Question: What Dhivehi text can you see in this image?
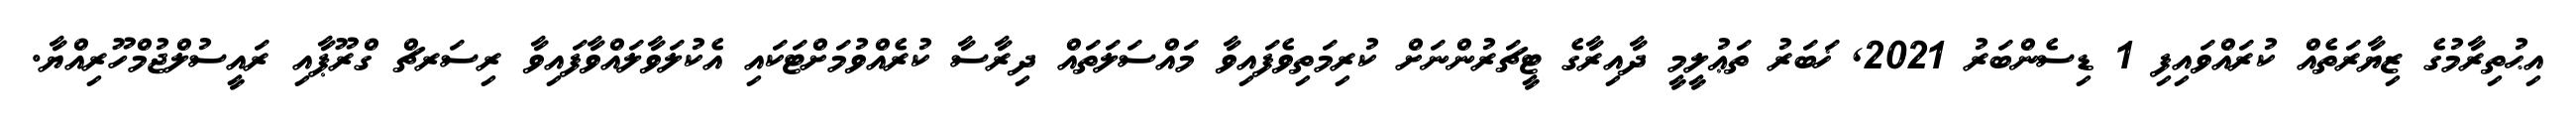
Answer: އިޙުތިރާމުގެ ޒިޔާރަތެއް ކުރައްވައިފި 1 ޑިސެންބަރު 2021, ޚަބަރު ތަޢުލީމީ ދާއިރާގެ ޓީޗަރުންނަށް ކުރިމަތިވެފައިވާ މައްސަލަތައް ދިރާސާ ކުރެއްވުމަށްޓަކައި އެކުލަވާލައްވާފައިވާ ރިސަރޗް ގްރޫޕާއި ރައީސުލްޖުމްހޫރިއްޔާ.